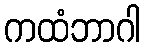
ကထံဘာဂါ